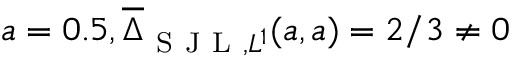
a = 0 . 5 , \overline { { \Delta } } _ { \mathrm { ~ S ~ J ~ L ~ } , L ^ { 1 } } ( a , a ) = 2 / 3 \neq 0